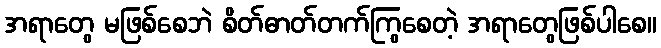
အရာတွေ မဖြစ်စေဘဲ စိတ်ဓာတ်တက်ကြွစေတဲ့ အရာတွေဖြစ်ပါစေ။